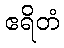
ဧရိတံ